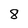
Character: 8